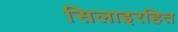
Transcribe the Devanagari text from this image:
सिलाइरहित